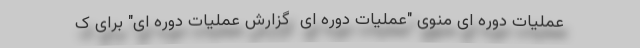
عملیات دوره ای منوی "عملیات دوره ای  گزارش عملیات دوره ای" برای ک